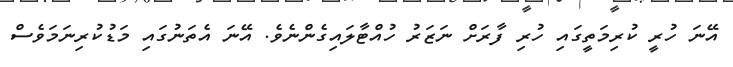
އޭނަ ހުރީ ކުރިމަތީގައި ހުރި ފާރަށް ނަޒަރު ހުއްޓާލައިގެންނެވެ. އޭނަ އެތަނުގައި މަޑުކުރިނަމަވެސް